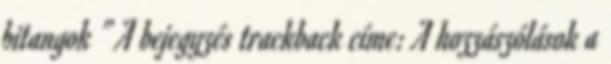
bitangok ” A bejegyzés trackback címe: A hozzászólások a